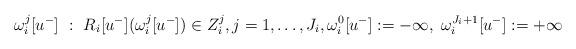
LaTeX: \begin{align*}\omega_{i}^{j}[u^{-}]\ :\ R_{i}[u^{-}](\omega_{i}^{j}[u^{-}]) \in Z_{i}^{j}, j=1,\dots,J_{i},\omega_{i}^{0}[u^{-}]:=-\infty,\ \omega_{i}^{J_{i}+1}[u^{-}]:=+\infty\end{align*}